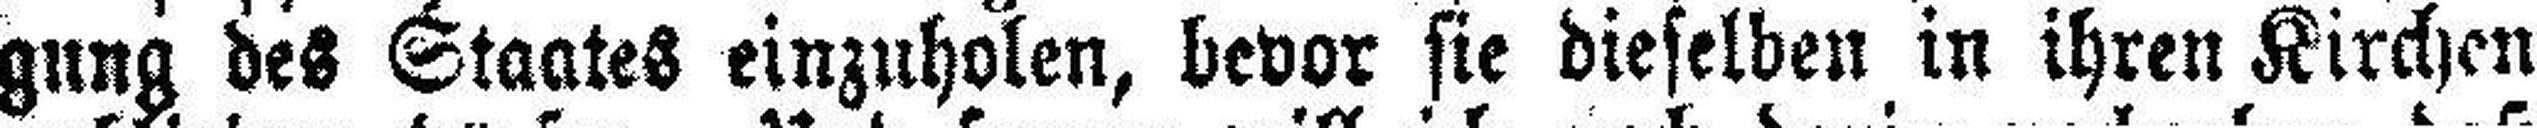
gung des Staates einzuholen, bevor sie dieselben in ihren Kirchen